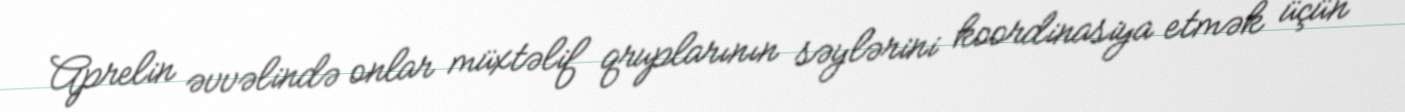
Aprelin əvvəlində onlar müxtəlif qruplarının səylərini koordinasiya etmək üçün